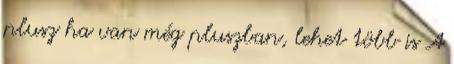
plusz ha van még pluszban, lehet több is A